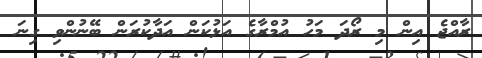
ރާއްޖެ އިން މި ރޯދަ މަހު އުމްރާގެ އަޅުކަން އަދާކުރަން ބޭނުންވި ގިނަ